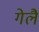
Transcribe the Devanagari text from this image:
गेलै